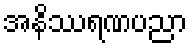
အနိဿရဏပညာ